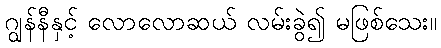
ဂျွန်နီနှင့် လောလောဆယ် လမ်းခွဲ၍ မဖြစ်သေး။